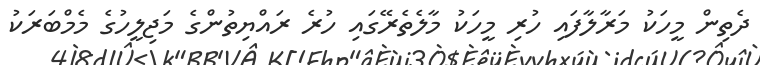
ދެތިން މީހަކު މަރާލާފައި ހުރި މީހަކު މާލެތެރޭގައި ހުރެ ރައްޔިތުންގެ މަޖިލީހުގެ މެމްބަރަކު